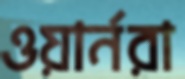
ওয়ার্নরা